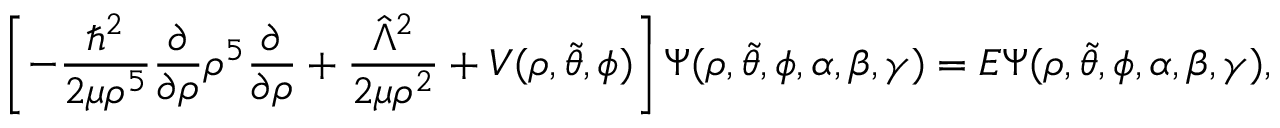
\left[ - \frac { \hbar ^ { 2 } } { 2 \mu \rho ^ { 5 } } \frac { \partial } { \partial \rho } \rho ^ { 5 } \frac { \partial } { \partial \rho } + \frac { \hat { \Lambda } ^ { 2 } } { 2 \mu \rho ^ { 2 } } + V ( \rho , \Tilde { \theta } , \phi ) \right] \Psi ( \rho , \Tilde { \theta } , \phi , \alpha , \beta , \gamma ) = E \Psi ( \rho , \Tilde { \theta } , \phi , \alpha , \beta , \gamma ) ,